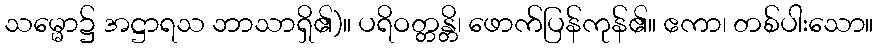
သမ္မော၌ အဋ္ဌာရသ ဘာသာရှိ၏)။ ပရိဝတ္တန္တိ၊ ဖောက်ပြန်ကုန်၏။ ဧကာ၊ တစ်ပါးသော။